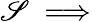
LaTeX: \mathscr{S}\implies